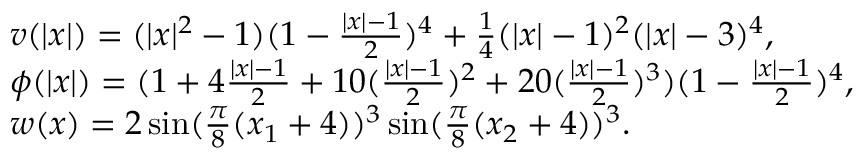
\begin{array} { r l } & { v ( | x | ) = ( | x | ^ { 2 } - 1 ) ( 1 - \frac { | x | - 1 } { 2 } ) ^ { 4 } + \frac { 1 } { 4 } ( | x | - 1 ) ^ { 2 } ( | x | - 3 ) ^ { 4 } , } \\ & { \phi ( | x | ) = ( 1 + 4 \frac { | x | - 1 } { 2 } + 1 0 ( \frac { | x | - 1 } { 2 } ) ^ { 2 } + 2 0 ( \frac { | x | - 1 } { 2 } ) ^ { 3 } ) ( 1 - \frac { | x | - 1 } { 2 } ) ^ { 4 } , } \\ & { w ( x ) = 2 \sin ( \frac { \pi } { 8 } ( x _ { 1 } + 4 ) ) ^ { 3 } \sin ( \frac { \pi } { 8 } ( x _ { 2 } + 4 ) ) ^ { 3 } . } \end{array}